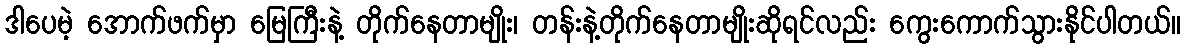
ဒါပေမဲ့ အောက်ဖက်မှာ မြေကြီးနဲ့ တိုက်နေတာမျိုး၊ တန်းနဲ့တိုက်နေတာမျိုးဆိုရင်လည်း ကွေးကောက်သွားနိုင်ပါတယ်။